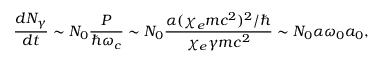
\frac { d N _ { \gamma } } { d t } \sim N _ { 0 } \frac { P } { \hbar \omega _ { c } } \sim N _ { 0 } \frac { \alpha ( \chi _ { e } m c ^ { 2 } ) ^ { 2 } / \hbar } { \chi _ { e } \gamma m c ^ { 2 } } \sim N _ { 0 } \alpha \omega _ { 0 } a _ { 0 } ,